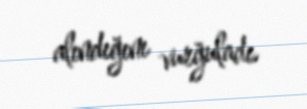
alındığını vurğuladı.